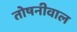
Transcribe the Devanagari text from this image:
तोषनीवाल